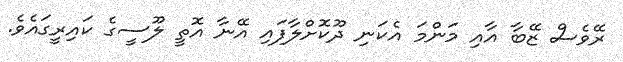
ރޭވެސް ޒޭބާ އާއި މަންމަ އެކަނި ދޫކޮށްލާފައި އޭނާ އޮތީ ލޫސީގެ ކައިރީގައެވެ.